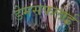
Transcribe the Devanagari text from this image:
डेमसफलाई